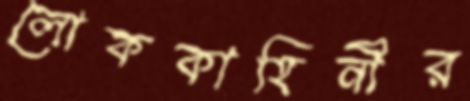
লোককাহিনীর